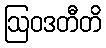
ဩဝဒတီတိ